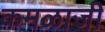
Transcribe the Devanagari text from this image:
कमळाजी